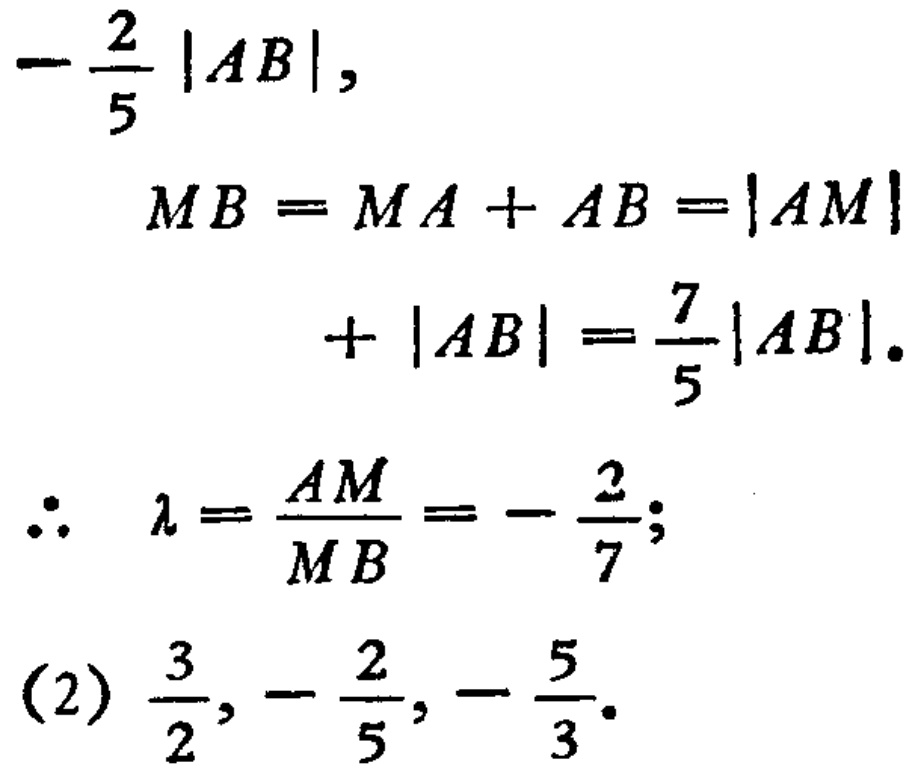
\(-\frac{2}{5}|AB|,\)
\[
\begin{align*}
MB&=MA + AB=|AM|\\
&+|AB|=\frac{7}{5}|AB|.
\end{align*}
\]
\(\therefore\ \lambda=\frac{AM}{MB}=-\frac{2}{7};\)
\((2)\ \frac{3}{2},-\frac{2}{5},-\frac{5}{3}.\)